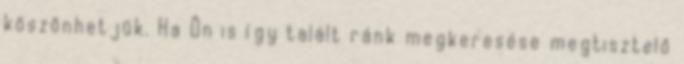
köszönhetjük. Ha Ön is így talált ránk megkeresése megtisztelő